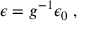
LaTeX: \epsilon = g ^ { - 1 } \epsilon _ { 0 } \; ,